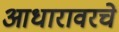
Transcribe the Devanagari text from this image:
आधारावरचे